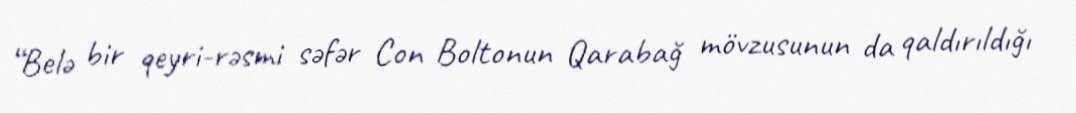
“Belə bir qeyri-rəsmi səfər Con Boltonun Qarabağ mövzusunun da qaldırıldığı